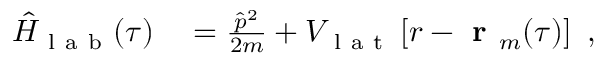
\begin{array} { r l } { \hat { H } _ { \mathrm { ~ l ~ a ~ b ~ } } ( \tau ) } & { { } = \frac { \hat { p } ^ { 2 } } { 2 m } + V _ { \mathrm { ~ l ~ a ~ t ~ } } \left[ r - \textbf { r } _ { m } ( \tau ) \right] ~ , } \end{array}